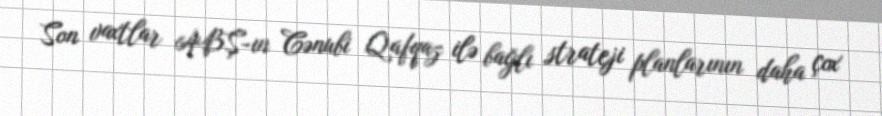
Son vaxtlar ABŞ-ın Cənubi Qafqaz ilə bağlı strateji planlarının daha çox